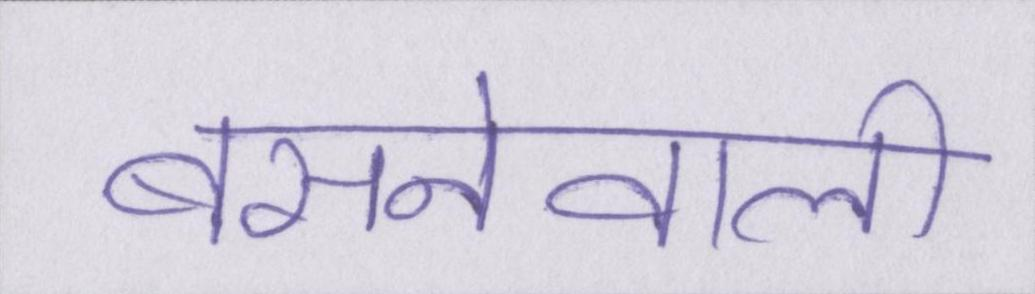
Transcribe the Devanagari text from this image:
बसनेवाली